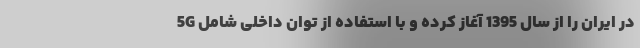
5G در ایران را از سال 1395 آغاز کرده و با استفاده از توان داخلی شامل